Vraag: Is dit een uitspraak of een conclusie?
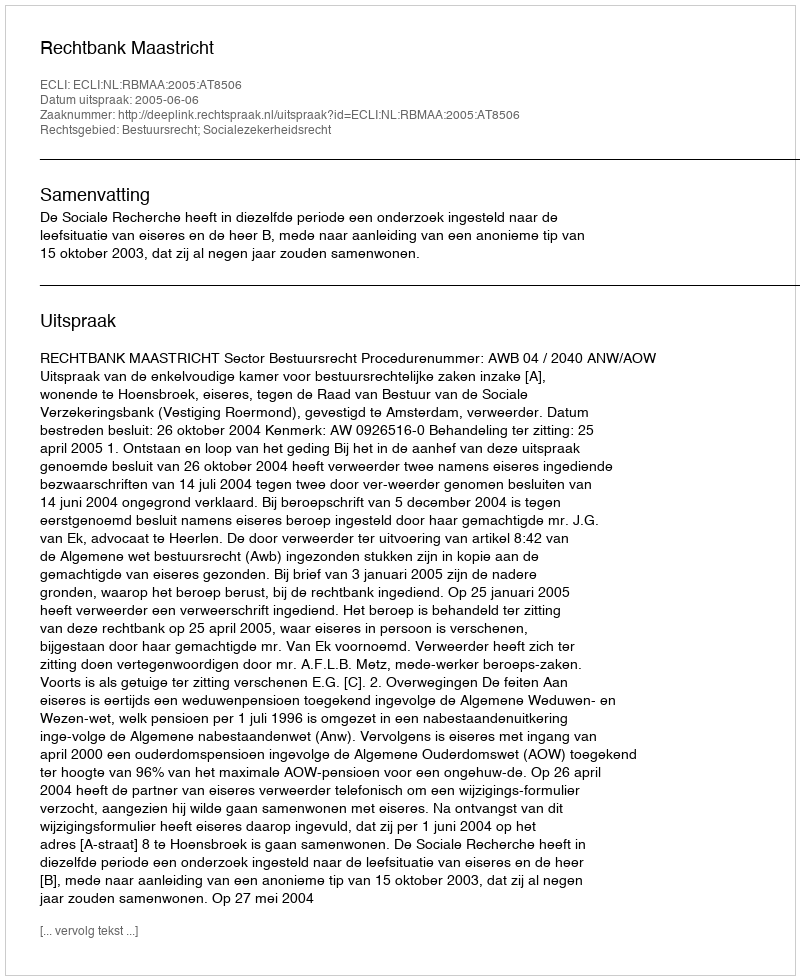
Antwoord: Uitspraak